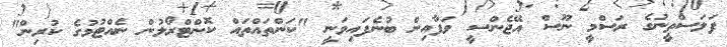
ފަލަސްތީނުގެ ރަސްމީ ނޫސް އޭޖެންސީ ވަފާއިން ބުނެފައިވަނީ "ކަންތައްތައް ކޮންޓްރޯލުން ނެއްޓުމުގެ ކުރިން"